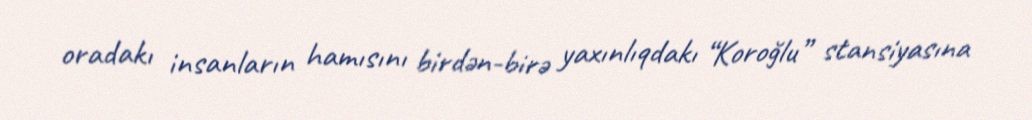
oradakı insanların hamısını birdən-birə yaxınlıqdakı “Koroğlu” stansiyasına